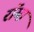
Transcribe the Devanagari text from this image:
रॉग्स